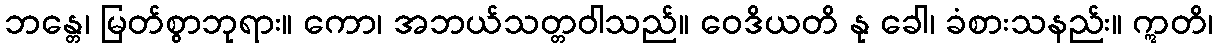
ဘန္တေ၊ မြတ်စွာဘုရား။ ကော၊ အဘယ်သတ္တဝါသည်။ ဝေဒိယတိ နု ခေါ၊ ခံစားသနည်း။ ဣတိ၊